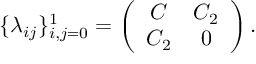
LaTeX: \{ \lambda _ { i j } \} _ { i , j = 0 } ^ { 1 } = \left( \begin{array} { c c } { { C } } & { { C _ { 2 } } } \\ { { C _ { 2 } } } & { { 0 } } \end{array} \right) .